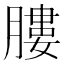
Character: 膢